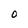
Character: 0